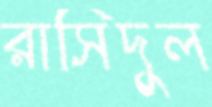
রাসিদুল